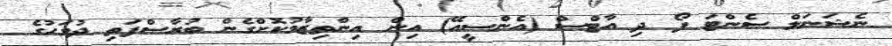
ނެޝަނަލް ސެންޓަ ފޯ ދި އާޓްސް (އެންސީއޭ) އިން އިންތިޒާމުކޮށްގެން ބުރާސްފަތި ދުވަހުގެ